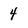
Character: 4